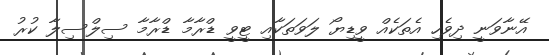
އޭނާވަނީ ދިވެހި އެތަކެއް ވީޑިޔޯ ލަވަތަކާއި ޓީވީ ޑްރާމާ ޑްރާމާ ސިލްސިލާ ކުރު